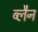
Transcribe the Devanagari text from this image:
ब्लैन